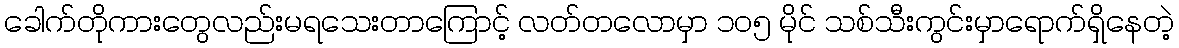
ခေါက်တိုကားတွေလည်းမရသေးတာကြောင့် လတ်တလောမှာ ၁၀၅ မိုင် သစ်သီးကွင်းမှာရောက်ရှိနေတဲ့